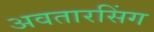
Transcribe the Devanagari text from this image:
अवतारसिंग